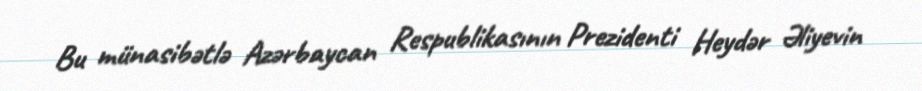
Bu münasibətlə Azərbaycan Respublikasının Prezidenti Heydər Əliyevin